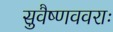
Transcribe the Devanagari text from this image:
सुवैष्णववराः